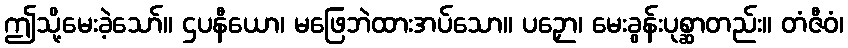
ဤသို့မေးခဲ့သော်။ ဌပနီယော၊ မဖြေဘဲထားအပ်သော။ ပဉှော၊ မေးခွန်းပုစ္ဆာတည်း။ တံဇီဝံ၊